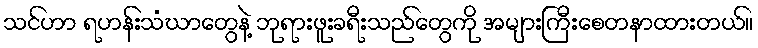
သင်ဟာ ရဟန်းသံဃာတွေနဲ့ ဘုရားဖူးခရီးသည်တွေကို အများကြီးစေတနာထားတယ်။